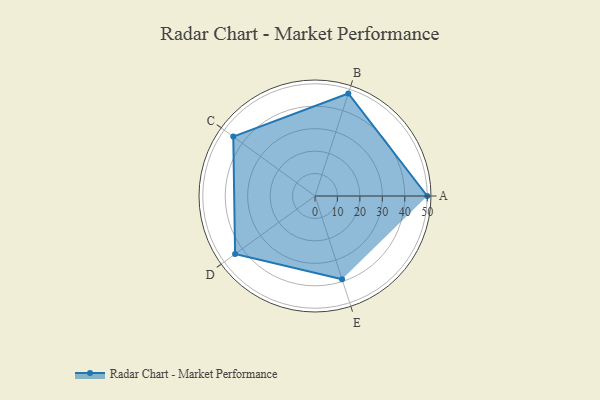
{"axis": {"x": "Skill", "y": "Score"}, "legend": ["Profile"], "data": [{"x": "A", "y": 50.0, "type": "Profile"}, {"x": "B", "y": 48.0, "type": "Profile"}, {"x": "C", "y": 45.0, "type": "Profile"}, {"x": "D", "y": 44.0, "type": "Profile"}, {"x": "E", "y": 39.0, "type": "Profile"}]}